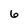
Character: 6